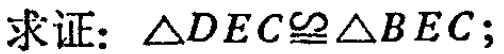
求证：\(\triangle DEC\cong\triangle BEC\)；